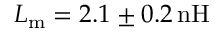
L _ { \mathrm { m } } = 2 . 1 \pm 0 . 2 \, \mathrm { n H }